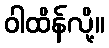
ဝါထိန်လို့။